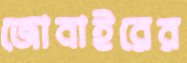
জোবাইরের